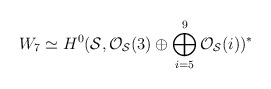
\begin{align*}W_{7} \simeq H^{0}({\cal S}, {\cal O}_{\cal S}(3) \oplus\bigoplus_{i=5}^{9}{\cal O}_{\cal S}(i))^{*}\end{align*}